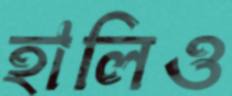
হালিও